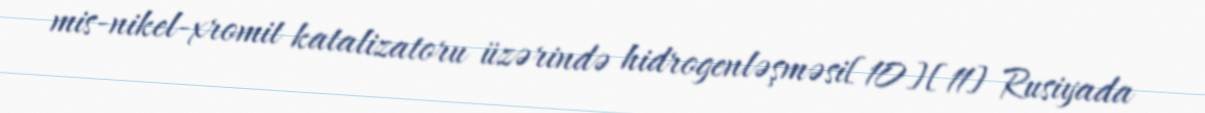
mis-nikel-xromit katalizatoru üzərində hidrogenləşməsi[10][11] Rusiyada